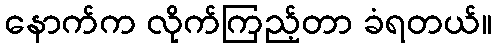
နောက်က လိုက်ကြည့်တာ ခံရတယ်။